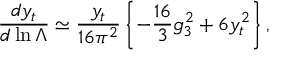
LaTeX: \frac { d y _ { t } } { d \ln \Lambda } \simeq \frac { y _ { t } } { 1 6 \pi ^ { 2 } } \left\{ - \frac { 1 6 } { 3 } g _ { 3 } ^ { 2 } + 6 y _ { t } ^ { 2 } \right\} ,